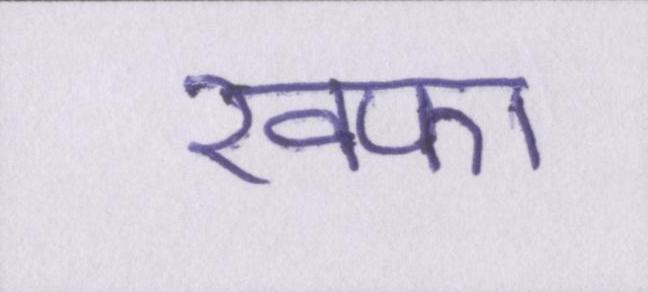
खफा